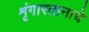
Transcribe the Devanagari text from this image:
शृंगारतानाचे